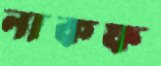
নাকফ